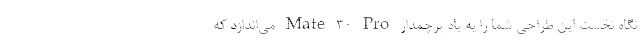
نگاه نخست این طراحی شما را به یاد پرچمدار Mate 30 Pro می‌اندازد که